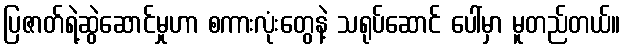
ပြဇာတ်ရဲ့ဆွဲဆောင်မှုဟာ စကားလုံးတွေနဲ့ သရုပ်ဆောင် ပေါ်မှာ မူတည်တယ်။